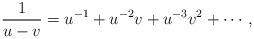
LaTeX: \begin{align*}\frac{1}{u-v}=u^{-1}+u^{-2}v+u^{-3}v^{2}+\cdots,\end{align*}